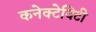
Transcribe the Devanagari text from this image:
कनेक्टेविटी